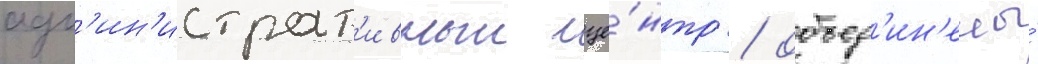
адм'ин'истрат'ивныи це́нтр / объед'ин'ены́